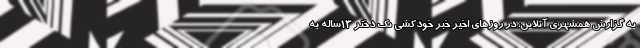
به گزارش همشهری آنلاین، در روزهای اخیر خبر خودکشی یک دختر ۱۳ساله به